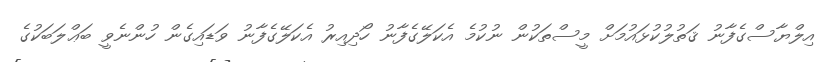
އިލްޔާސްގެފާނު ޤަތުލުކުޅައުމަށް މީސްތަކުން ނުކުމެ އެކަލޭގެފާނު ހޯދިއިރު އެކަލޭގެފާނު ވަޑައިގެން ހުންނެވީ ބަޢްލަބަކުގެ